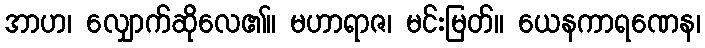
အာဟ၊ လျှောက်ဆိုလေ၏။ မဟာရာဇ၊ မင်းမြတ်။ ယေနကာရဏေန၊